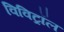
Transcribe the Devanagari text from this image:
विविट्रॉल